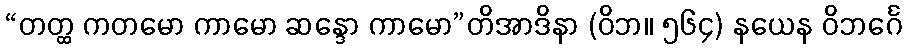
“တတ္ထ ကတမော ကာမော ဆန္ဒော ကာမော”တိအာဒိနာ (ဝိဘ။ ၅၆၄) နယေန ဝိဘင်္ဂေ